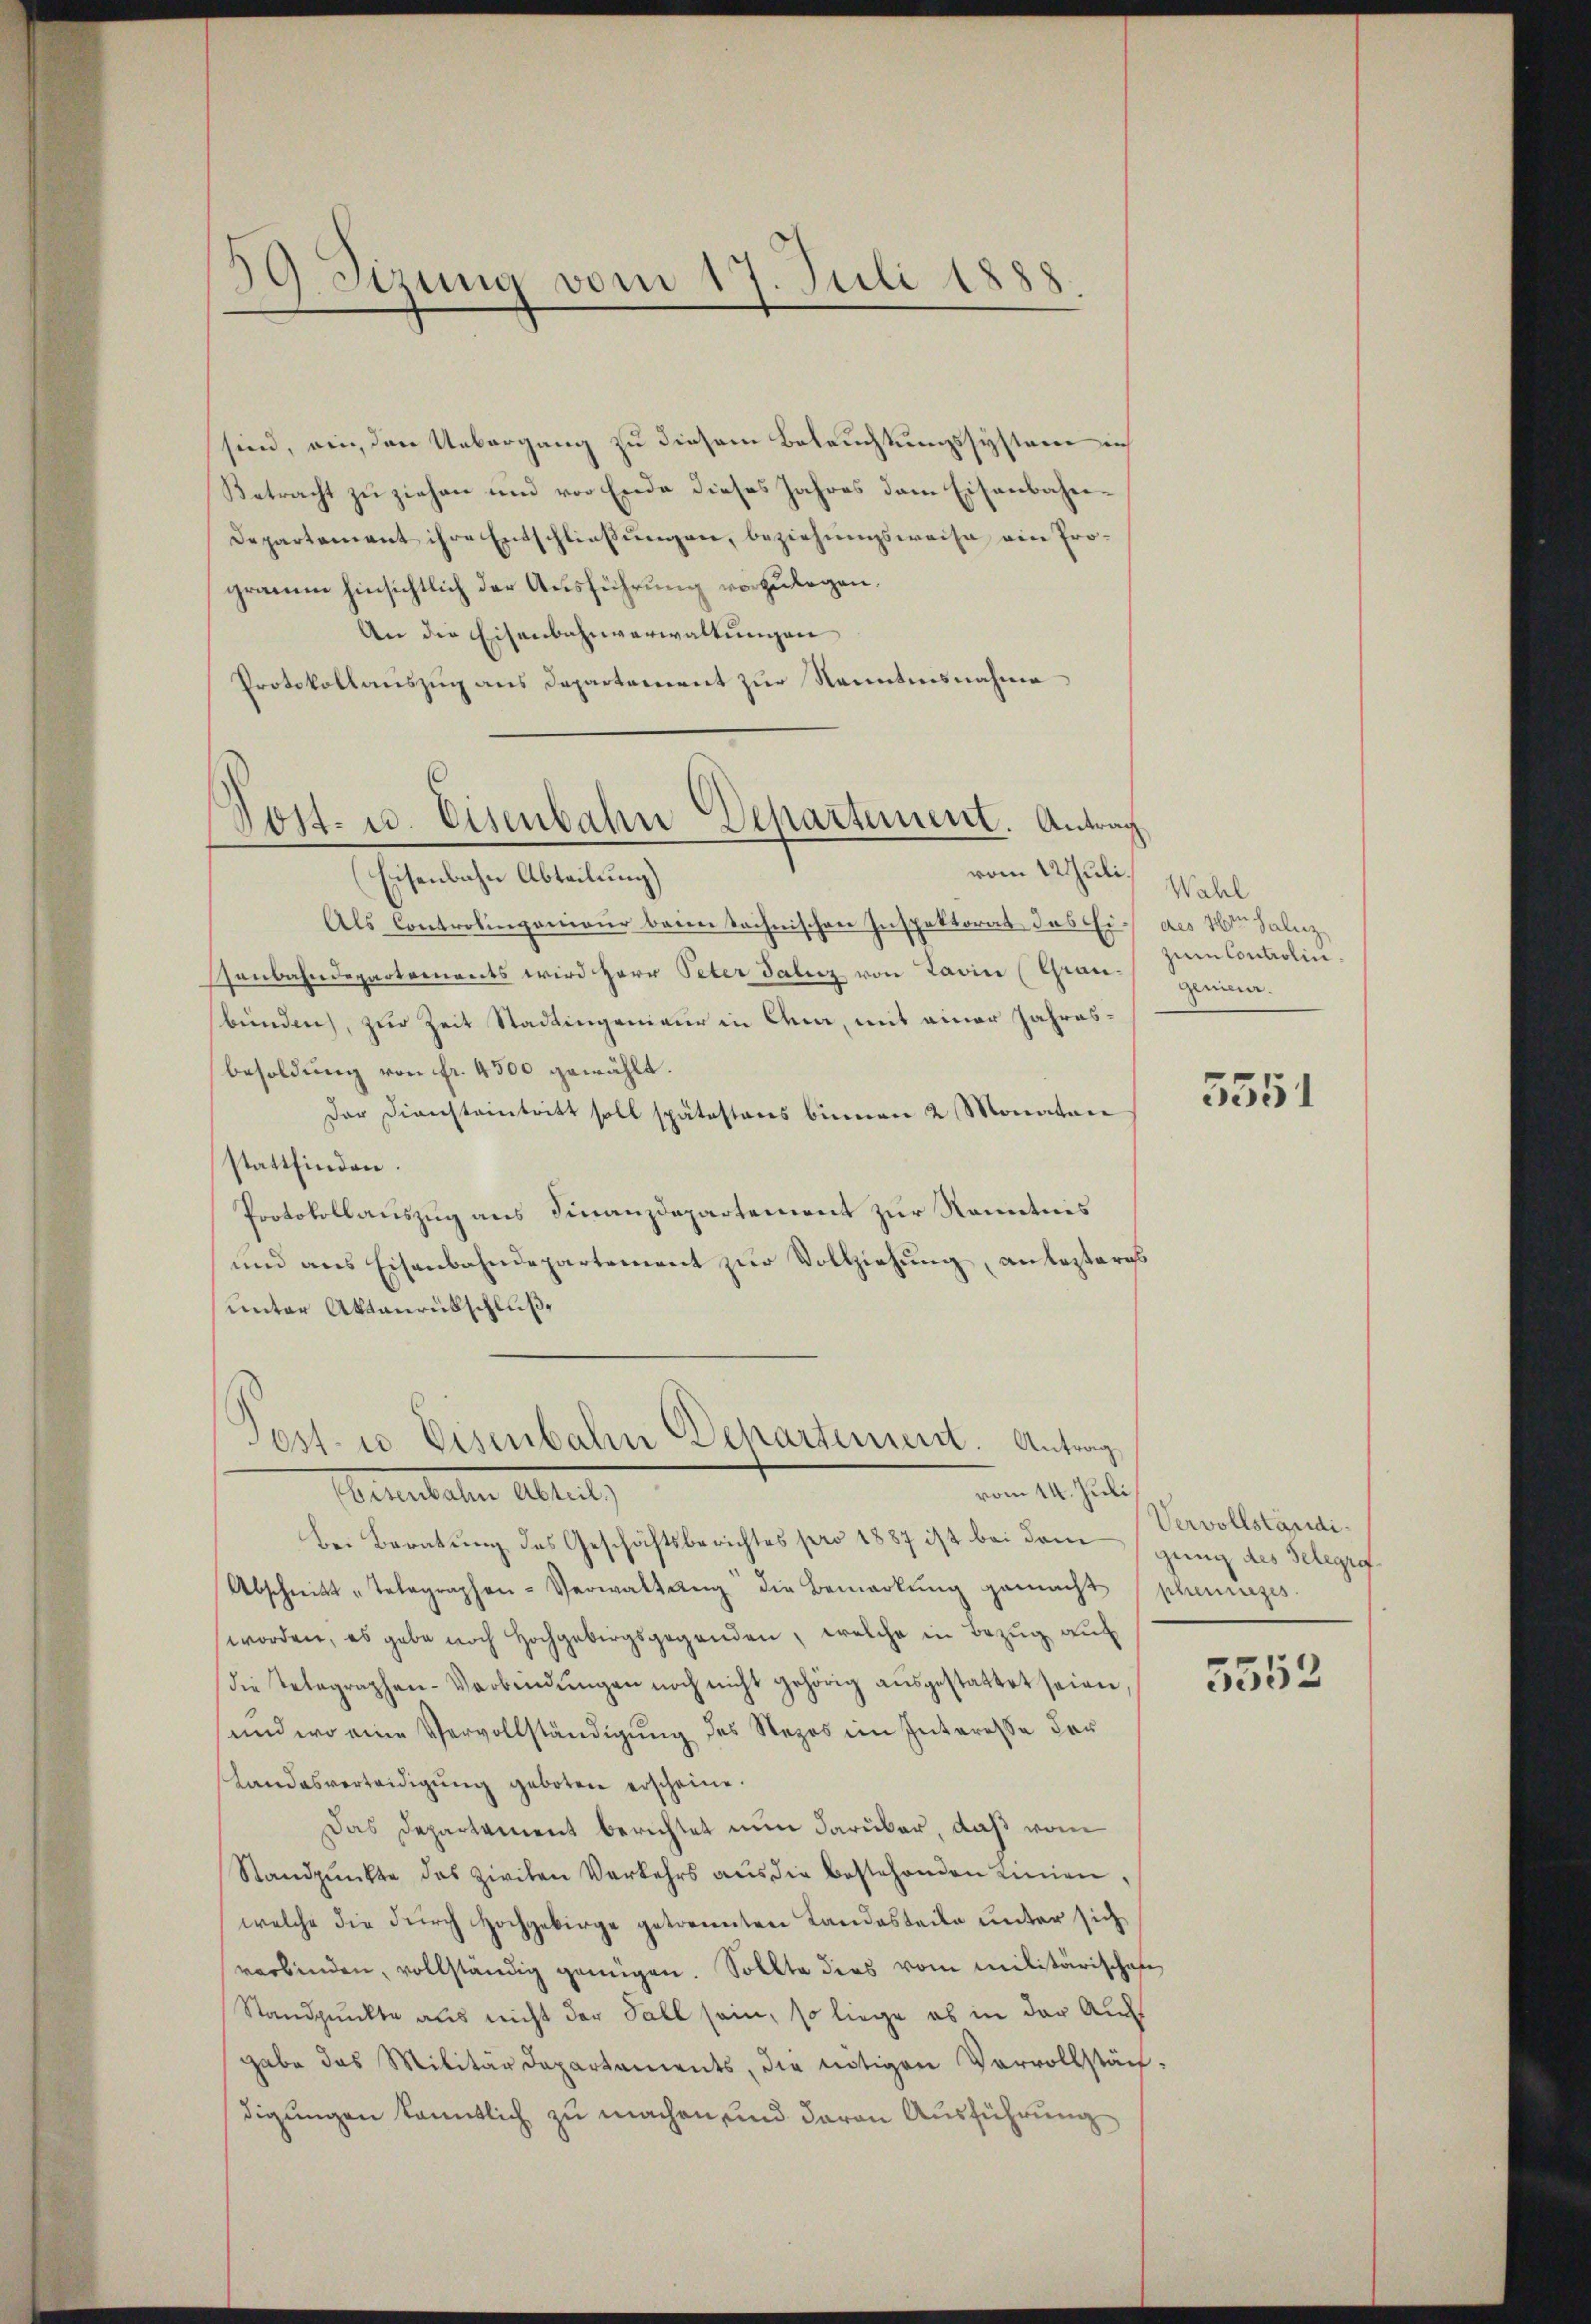
39. Sizung vom 17. Juli 1888.

sind, ein, den Uebergang zu diesem Beleuchtungssysteme in
Betracht zu ziehen und vor Ende dieses Jahres dem Eisenbahn¬
Departement ihre Entschließungen, beziehungsweise ein Programm hinsichtlich der Ausführung vorzulegen.
An die Eisenbahnverwaltungen
Protokollauszug aus Departement zur Kenntnisnahme

Post- u. Eisenbahne Departement. Antrag
vom 1uli¬
(Eisenbahn Abteilung)

Als Controlingenieur beim technischen Inspektorat das Ein des 16ten Galiz
senbahndepartements wird Herr Peter Saluz von Lavin (Grau-
bunden, zur Zeit Stadlingenieur in Anm, mit einer Jahresbesoldung von fr. 4500 gewählt.
Der Diensteintritt soll spätestens binnen 2 Monaten
stattfinden.
Protokollauszug aus Finanzdepartement zur Kenntnis
und aus Eisenbahndepartement zur Vollziehung, an besteris
unter Aktanrückschluß,

Post- u Eisenbahn Departement. Antrag
vom 14. Juli
Berateten Altrat,

Wahl
zum Controlin.
Genieur.

Bei Beratŭng des Geschäftsberichtes pro 1887 ist bei dem des Gelegra
Abschnitt „Telegraphen-Verwaltung die Bemerkung gemacht phennizes
worden, es gabe noch Hochgebirgsgegenden, welche in Bezug auf
die Telegraphen-Verbindŭngen noch nicht gehörig aŭsgestattet seien
und wo eine Vervollständigung des Rezes im Interesse der
Landesverteidigŭng geboten erscheine.
Das Departament berichtet nun darüber, daß vom
Standpŭnkte das Zirchen Verkehrs aus die bestehenden Linien,
welche die durch Hochgebirge getrennten Landesteile unter sich
verbinden, vollständig genügen. Sollte dies vom Militärischafe
Standpunkte aus nicht der Fall sein, so liege es in der Auch
gabe das Militärdepartaments, die nötigen Vervollstän
digungen kanntlich zu machen, und davon Ausführung

5551

Vervollständi¬

5552